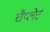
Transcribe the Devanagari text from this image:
चैप्लेट